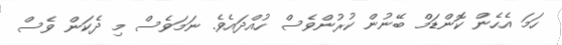
ހަމަ އެހެން ކޮންޑަމް ބޭނުން ކުރުންވެސް ހުއްދައެވެ. ނަމަވެސް މި ދެކަން ވެސް